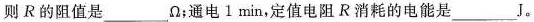
则R的阻值是___\Omega ；通电1min，定值电阻R消耗的电能是___J。